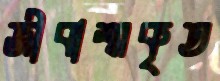
জীবাশ্মকৃত